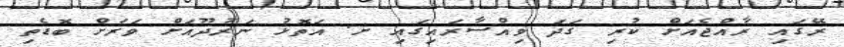
ރޭގައި ރާއްޖެއަށް ކުރި ގަދަ ވިއްސާރައިގައި ށ. އަތޮޅު ނަރުދޫއަށް ވަރަށް ބޮޑެތި